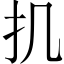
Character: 𢩫